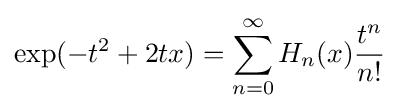
\exp(-t^{2}+2tx)=\sum _{n=0}^{\infty }H_{n}(x){\frac {t^{n}}{n!}}\,\!